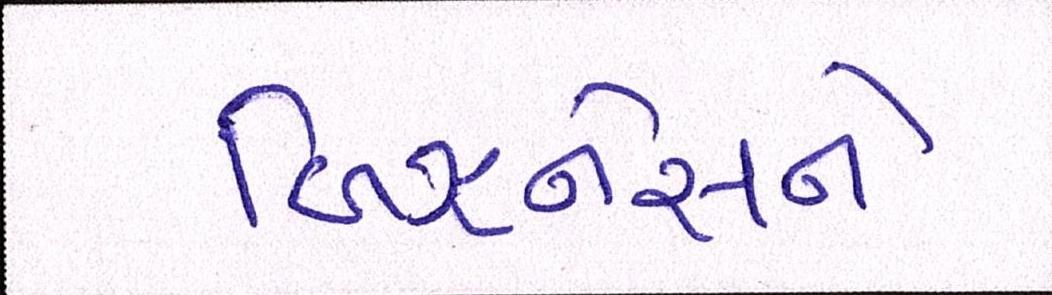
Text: બિઝનેસને